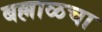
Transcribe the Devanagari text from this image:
बल्लाळचा